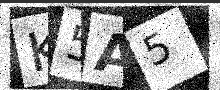
Text: K5A5